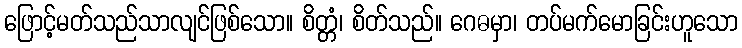
ဖြောင့်မတ်သည်သာလျင်ဖြစ်သော။ စိတ္တံ၊ စိတ်သည်။ ဂေဓမှာ၊ တပ်မက်မောခြင်းဟူသော